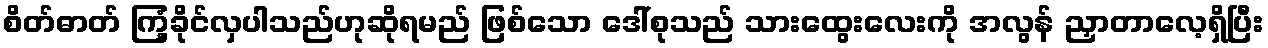
စိတ်ဓာတ် ကြံ့ခိုင်လှပါသည်ဟုဆိုရမည် ဖြစ်သော ဒေါ်စုသည် သားထွေးလေးကို အလွန် ညှာတာလေ့ရှိပြီး